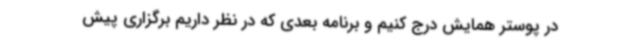
در پوستر همایش درج کنیم و برنامه بعدی که در نظر داریم برگزاری پیش